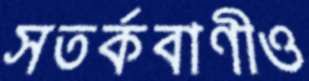
সতর্কবাণীও